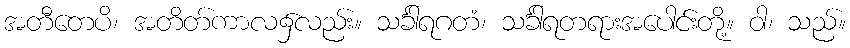
အတီတေပိ၊ အတိတ်ကာလ၌လည်း။ သင်္ခါရဂတံ၊ သင်္ခါရတရားအပေါင်းတို့။ ဝါ၊ သည်။